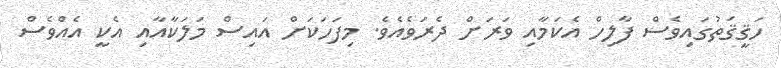
ހަޤީޤަތުގައިވެސް ފާލިހް އެކަމާއި ވަރަށް ދެރަވެއެވެ. މިފަހަކަށް އައިސް މަލަކާއާއި އެކީ އެއްވެސް